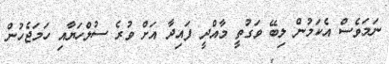
ނަމަވެސް އެކަމުން ލިބޭ ވަގުތީ މާއްދީ ފައިދާ އަށް ވުރެ ސުލްހަޔާއި ހަމަޖެހުން